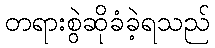
တရားစွဲဆိုခံခဲ့ရသည်